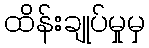
ထိန်းချုပ်မှုမှ